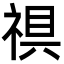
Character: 𮂀